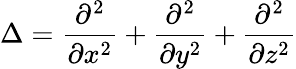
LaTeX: \Delta=\frac{\partial^{2}}{\partial x^{2}}+\frac{\partial^{2}}{\partial y^{2}}+\frac{\partial^{2}}{\partial z^{2}}